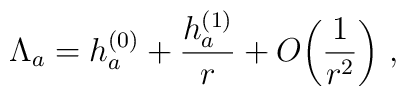
\Lambda_a= h_a^{(0)}+{h_a^{(1)}\over r}+O\!\left({1\over r^2}\right)\,,